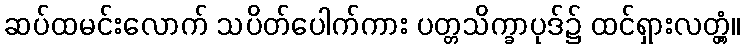
ဆပ်ထမင်းလောက် သပိတ်ပေါက်ကား ပတ္တသိက္ခာပုဒ်၌ ထင်ရှားလတ္တံ့။